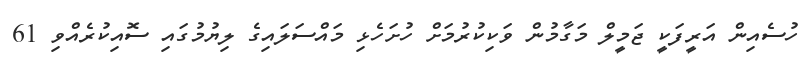
ހުސެއިން އަރީފަކީ ޖަމީލް މަގާމުން ވަކިކުރުމަށް ހުށަހެޅި މައްސަލައިގެ ލިޔުމުގައި ސޮއިކުރެއްވި 61